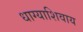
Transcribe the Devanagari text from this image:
धाग्याशिवाय